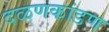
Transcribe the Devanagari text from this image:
दळणकांडण